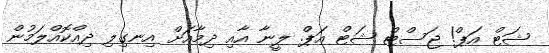
ޝަޓް އަޕް! ޖަސްޓް ޝަޓް އަޕް. ލީނާ އާއި ދިމާއަށް އިނގިލި ދިއްކޮއްލަމުން